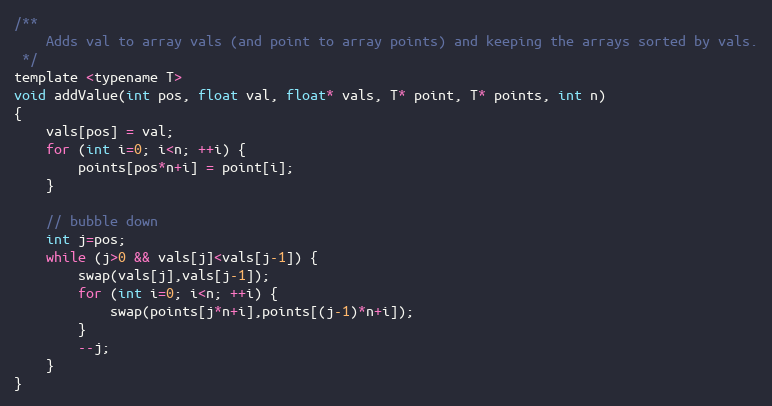
Language: C
/**
    Adds val to array vals (and point to array points) and keeping the arrays sorted by vals.
 */
template <typename T>
void addValue(int pos, float val, float* vals, T* point, T* points, int n)
{
    vals[pos] = val;
    for (int i=0; i<n; ++i) {
        points[pos*n+i] = point[i];
    }

    // bubble down
    int j=pos;
    while (j>0 && vals[j]<vals[j-1]) {
        swap(vals[j],vals[j-1]);
        for (int i=0; i<n; ++i) {
            swap(points[j*n+i],points[(j-1)*n+i]);
        }
        --j;
    }
}